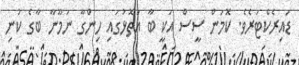
ޑައިރެކްޓަރެވެ. ކޮމަން ސީސް އަކީ ބާ އަތޮޅުގައި ހިންގާ ނަމޫނާ ބާގެ ކުނި